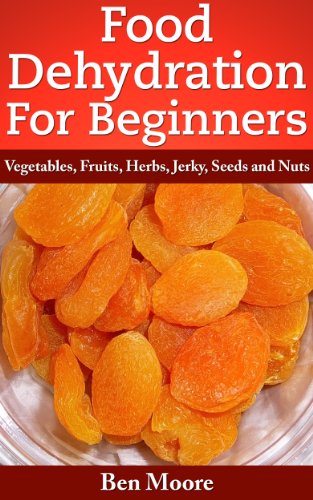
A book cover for Food Dehydration For Beginners, Drying Vegetables, Fruits, Herbs, Jerky, Seeds, Nuts; Ben Moore; Cookbooks, Food & Wine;